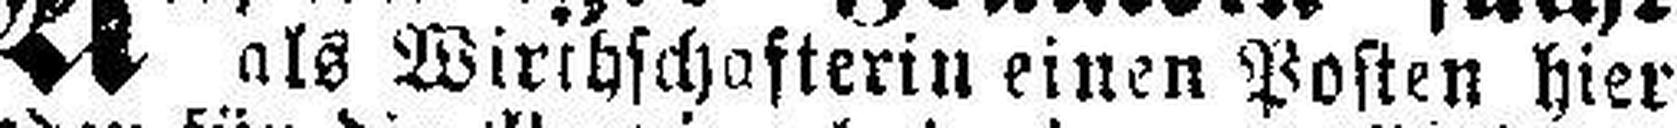
als Wirthschafterin einen Posten hier